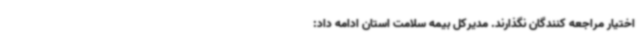
اختیار مراجعه کنندگان نگذارند. مدیرکل بیمه سلامت استان ادامه داد: